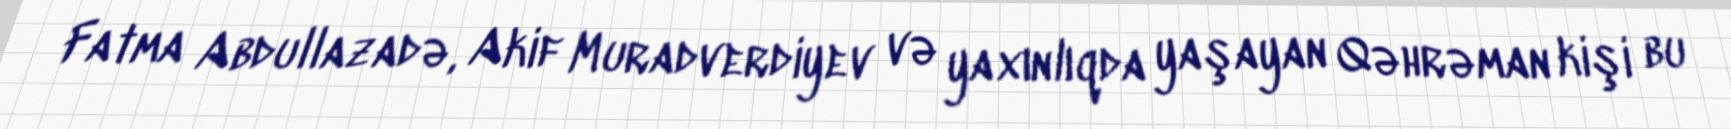
Fatma Abdullazadə, Akif Muradverdiyev və yaxınlıqda yaşayan Qəhrəman kişi bu